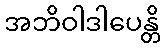
အဘိဝါဒါပေန္တိ